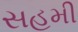
સહમી